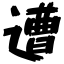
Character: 遭